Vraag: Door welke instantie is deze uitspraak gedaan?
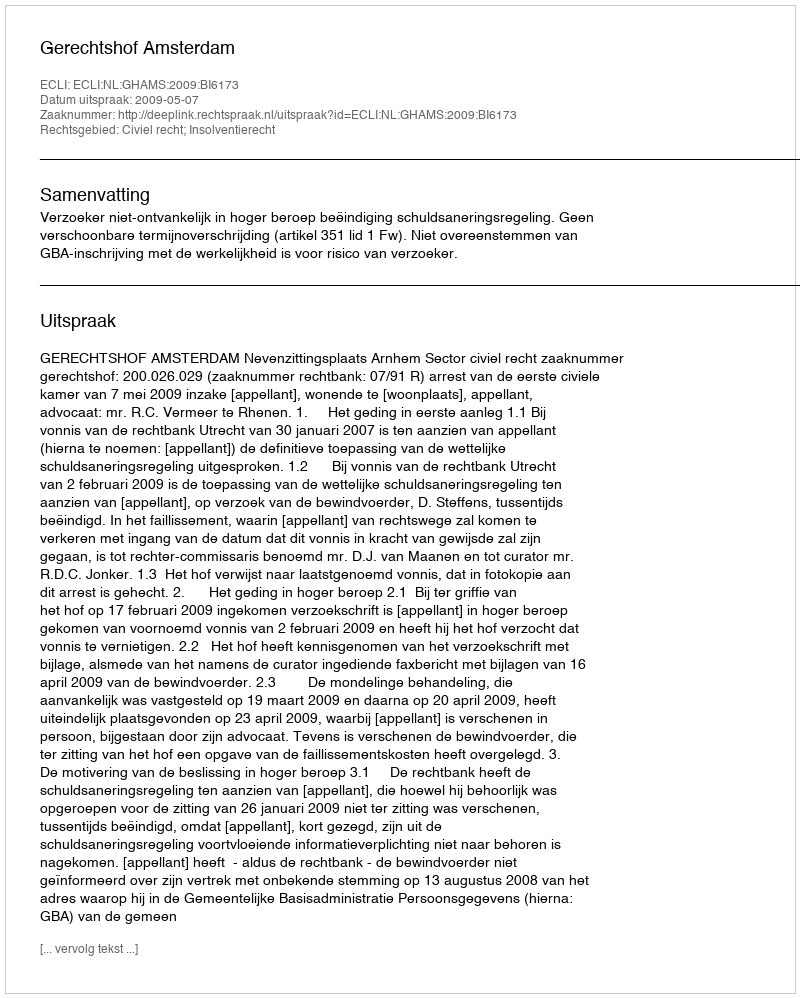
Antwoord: Gerechtshof Amsterdam